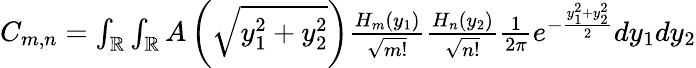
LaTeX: \begin{array}{r}{C_{m,n}=\int_{\mathbb{R}}\int_{\mathbb{R}}A\left(\sqrt{y_{1}^{2}+y_{2}^{2}}\right)\frac{H_{m}(y_{1})}{\sqrt{m!}}\frac{H_{n}(y_{2})}{\sqrt{n!}}\frac{1}{2\pi}e^{-\frac{y_{1}^{2}+y_{2}^{2}}{2}}dy_{1}dy_{2}}\end{array}